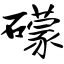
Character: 礞